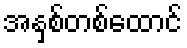
အနှစ်တစ်ထောင်